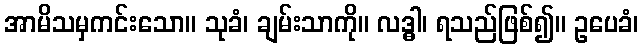
အာမိသမှကင်းသော။ သုခံ၊ ချမ်းသာကို။ လဒ္ဓါ၊ ရသည်ဖြစ်၍။ ဥပေခံ၊